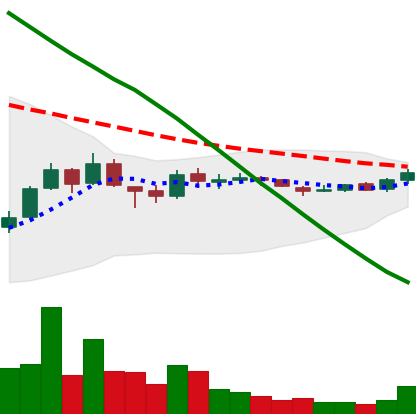
Ticker: ADA-USD
Chart end date: 2018-10-08
Forward return: -15.592%
Label: down_7plus